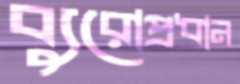
ব্যুরোপ্রধান